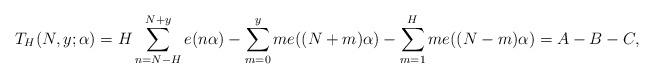
LaTeX: \begin{align*}T_H(N,y;\alpha) = H \sum_{n=N-H}^{N+y} e(n\alpha) - \sum_{m=0}^{y} m e((N+m)\alpha) - \sum_{m=1}^{H} m e((N-m)\alpha)=A- B - C,\end{align*}